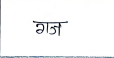
मजकूर: गज